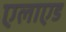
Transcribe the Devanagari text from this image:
एलाएड